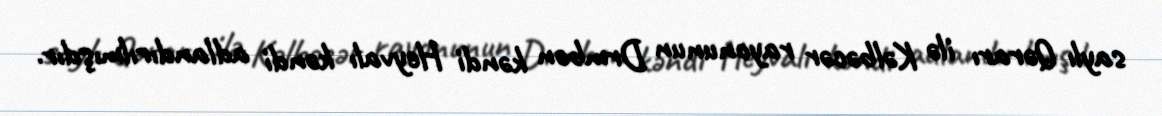
saylı Qərarı ilə Kəlbəcər rayonunun Drmbon kəndi Heyvalı kəndi adlandırılmışdır.